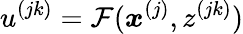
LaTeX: u^{(jk)}=\mathcal{F}(\boldsymbol{x}^{(j)},z^{(jk)})